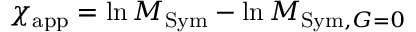
\chi _ { \mathrm { a p p } } = \ln M _ { \mathrm { S y m } } - \ln M _ { \mathrm { S y m , } \boldsymbol { G } = 0 }